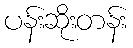
ပန်းဆိုးတန်း